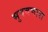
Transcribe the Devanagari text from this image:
भुषवणारा